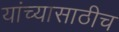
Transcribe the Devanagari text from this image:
यांच्यासाठीच